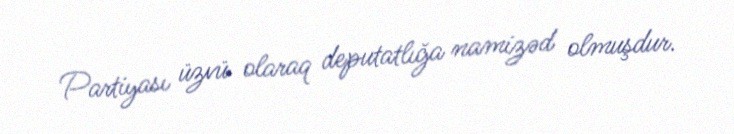
Partiyası üzvü olaraq deputatlığa namizəd olmuşdur.